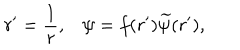
r ^ { \prime } = { \frac { 1 } { r } } , \psi = f ( r ^ { \prime } ) { \widetilde { \psi } } ( r ^ { \prime } ) ,